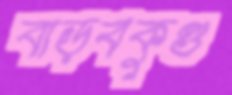
বাড়বকুণ্ড